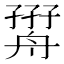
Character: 𦩧